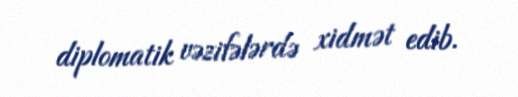
diplomatik vəzifələrdə xidmət edib.